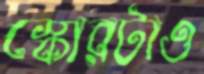
স্কোরটাও